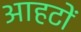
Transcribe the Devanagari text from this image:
आहटों